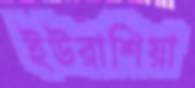
ইউরাশিয়া